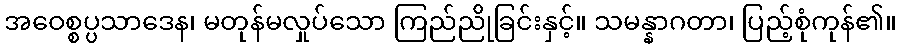
အဝေစ္စပ္ပသာဒေန၊ မတုန်မလှုပ်သော ကြည်ညိုခြင်းနှင့်။ သမန္နာဂတာ၊ ပြည့်စုံကုန်၏။